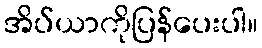
အိပ်ယာကိုပြန်ပေးပါ။